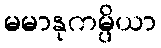
မမာနုကမ္ပိယာ